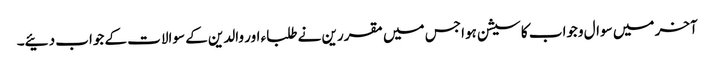
آخر میں سوال وجواب کا سیشن ہوا جس میں مقررین نے طلباء اور والدین کے سوالات کے جواب دئیے۔